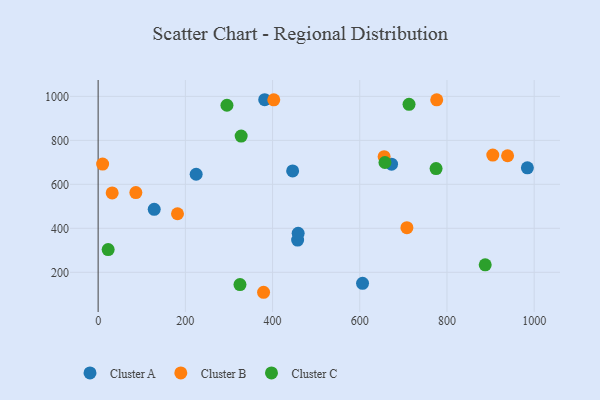
{"axis": {"x": "Ad Spend", "y": "Demand"}, "legend": ["Cluster A", "Cluster B", "Cluster C"], "data": [{"x": "457.5", "y": 346.5, "type": "Cluster A"}, {"x": "446.1", "y": 660.8, "type": "Cluster A"}, {"x": "224.8", "y": 645.8, "type": "Cluster A"}, {"x": "984.4", "y": 674.9, "type": "Cluster A"}, {"x": "672.9", "y": 691.7, "type": "Cluster A"}, {"x": "458.7", "y": 377.0, "type": "Cluster A"}, {"x": "382.0", "y": 984.6, "type": "Cluster A"}, {"x": "128.6", "y": 486.3, "type": "Cluster A"}, {"x": "606.4", "y": 150.0, "type": "Cluster A"}, {"x": "182.0", "y": 466.3, "type": "Cluster B"}, {"x": "32.2", "y": 560.7, "type": "Cluster B"}, {"x": "655.9", "y": 725.5, "type": "Cluster B"}, {"x": "10.3", "y": 691.9, "type": "Cluster B"}, {"x": "402.8", "y": 984.2, "type": "Cluster B"}, {"x": "708.1", "y": 402.8, "type": "Cluster B"}, {"x": "776.5", "y": 984.1, "type": "Cluster B"}, {"x": "939.0", "y": 729.9, "type": "Cluster B"}, {"x": "379.4", "y": 109.2, "type": "Cluster B"}, {"x": "86.5", "y": 562.6, "type": "Cluster B"}, {"x": "905.1", "y": 733.1, "type": "Cluster B"}, {"x": "713.0", "y": 963.6, "type": "Cluster C"}, {"x": "295.4", "y": 959.5, "type": "Cluster C"}, {"x": "23.0", "y": 303.3, "type": "Cluster C"}, {"x": "328.0", "y": 819.5, "type": "Cluster C"}, {"x": "657.8", "y": 699.3, "type": "Cluster C"}, {"x": "775.0", "y": 671.8, "type": "Cluster C"}, {"x": "887.7", "y": 233.8, "type": "Cluster C"}, {"x": "325.3", "y": 144.1, "type": "Cluster C"}]}